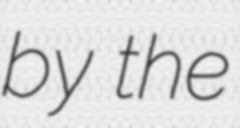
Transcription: by the